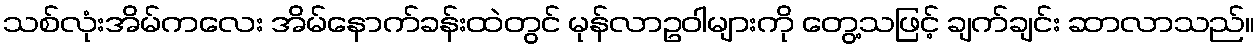
သစ်လုံးအိမ်ကလေး အိမ်နောက်ခန်းထဲတွင် မုန်လာဥဝါများကို တွေ့သဖြင့် ချက်ချင်း ဆာလာသည်။